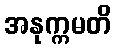
အနုက္ကမတိ